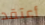
أعتقد